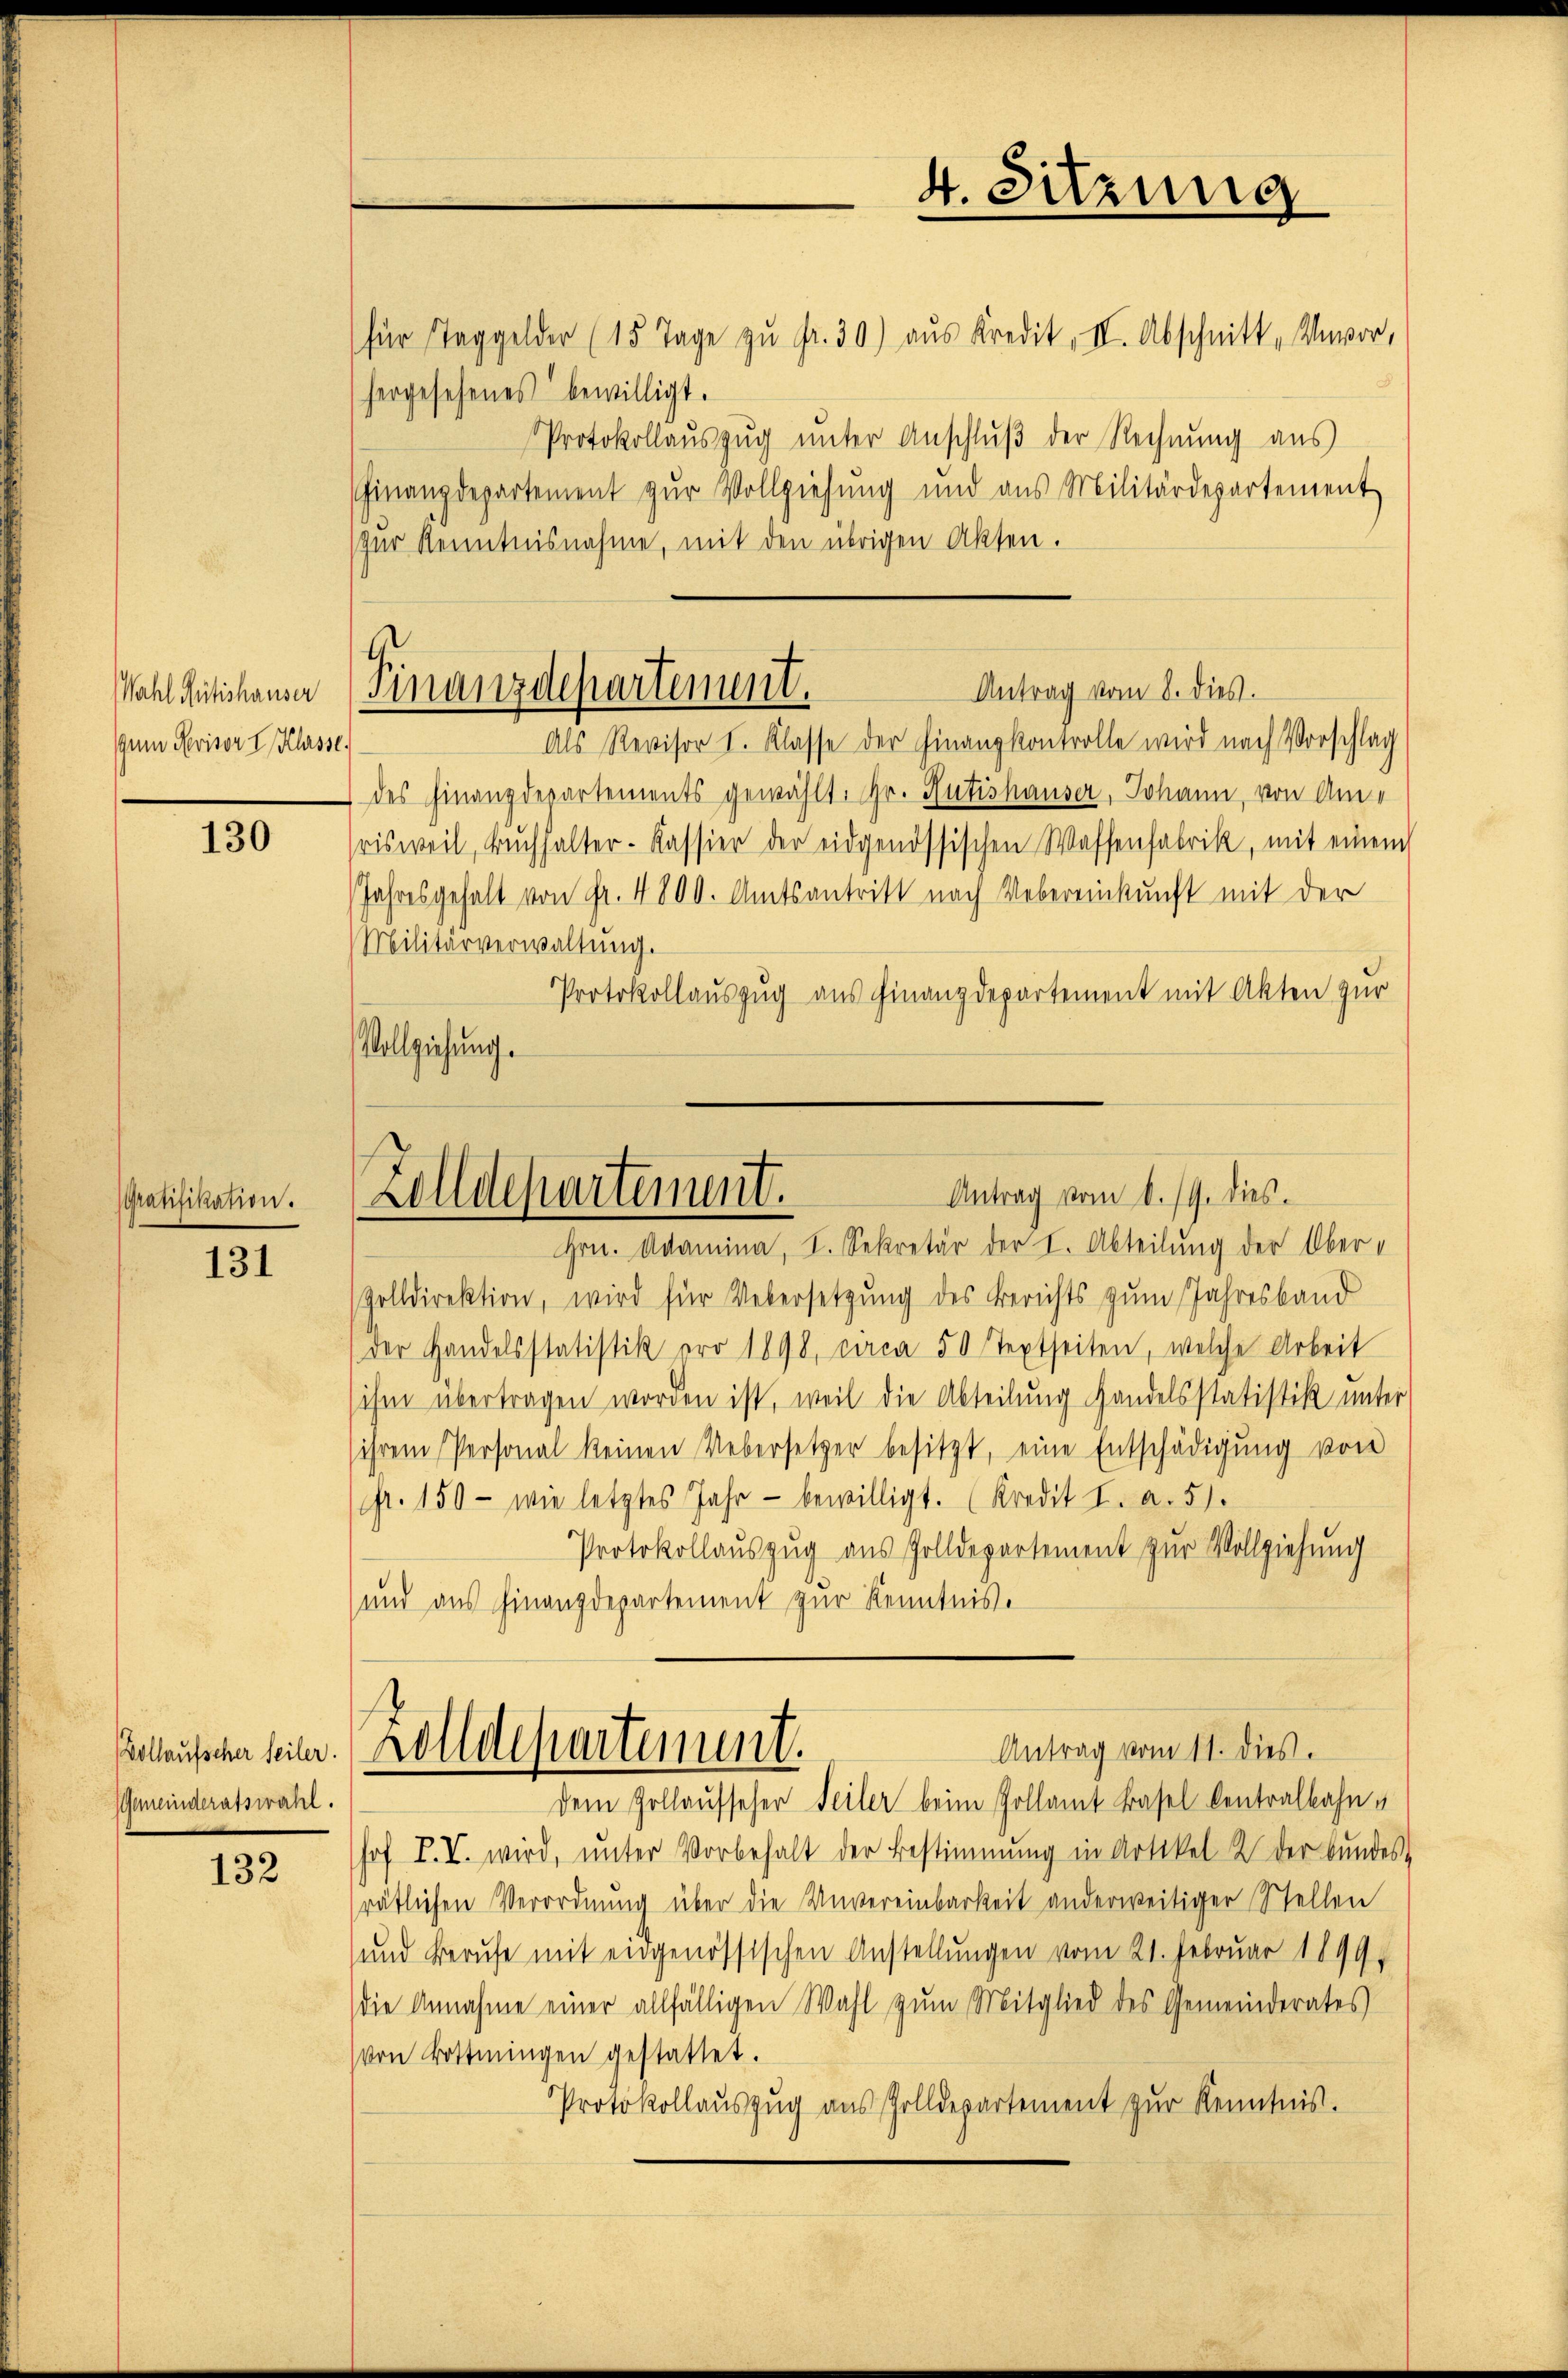
Wahl Rütishauser
gum Revisor I. Klasse.

130

Gratifikation.

131

Vollaufscher Seiler.
Gemeinderatswahl.

132

hergesehenes bewilligt.
Finanzdepartement zur Vollziehung und aus Militärdepartement
zŭr Kenntnisnahme, mit den übrigen Akten.

Militärverwaltung.
Vollziehung.

4. Sitzung
für Taggelder (15 Tage zŭ fr. 30) aus Kredit, III. Abschnitt, Unvor,

Protokollaŭszŭg ŭnter Anschlŭβ der Rechnung aus
Als Revisor I. Klasse der Finanzkontrolle wird nach Vorschlag
des Finanzdepartements gewählt. Gr. Rütishauser, Johann, von Amrisweil, Bŭchhalter-Kassier der eidgenössischen Waffenfabrik, mit einem
Jahresgehalt von Fr. 4800. Amtsantritt nach Uebereinkunft mit der
Protokollauszug aus Finanzdepartement mit Akten zur
Hrn. Adamina, I. Sekretär der I. Abteilung der Ober-
Zolldirektion, wird für Uebersetzung des Berichts zum Jahresband
der Handelsstatistik ero 1898, circa 50 Textseiten, welche Arbeit
sihen übertragen worden ist, weil die Abteilung Handelsstatistik unter
ihrem Personal keinen Uebersetzer besitzt, eine Entschädigung von
fr. 150 - wie letztes Jahr - bewilligt. (Kredit I. a. 51.
Protokollauszug aus Zolldepartement zur Vollziehung
und aus Finanzdepartement zur Kenntnis.
Antrag vom 11. dies.
Zolldepartement.
dem Zollaufseher Seiler beim Zollamt Basel Centralbahnhof. P. V. wird, unter Vorbehalt der Bestimmung in Artikel 2 der bundes
rätlichen Verordnŭng über die Unvereinbarkeit anderweitiger Stellen
und Berufe mit eingenössischen Anstellungen vom 21. Februar 1899
die Annahme einer allfälligen Wahl zum Mitglied des Gemeinderates
von Bottingen gestattet.
Protokollauszug aus Zolldepartement zŭr Kenntnis.

Antrag vom 8. dies.
Finanzdepartement.

Antrag vom 8. 19. dies
Zolldepartement.